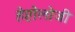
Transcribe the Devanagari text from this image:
हेप्टोलोजी